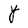
Character: T